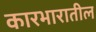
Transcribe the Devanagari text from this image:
कारभारातील